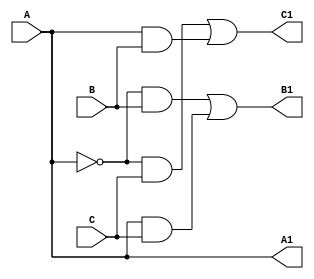
module cswap(A1, B1, C1, A, B, C);
    output A1, B1, C1;
    input A, B, C;

    wire Ab, B11, B12, C11, C12;
    buf (A1, A);
    not (Ab, A);
    and (B11, Ab, B);
    and (B12, A, C);
    or (B1, B11, B12);
    and (C11, Ab, C);
    and (C12, A, B);
    or (C1, C11, C12);

endmodule